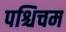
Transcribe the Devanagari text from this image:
पश्चिचम